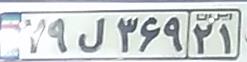
۷۹ل۳۶۹۲۱